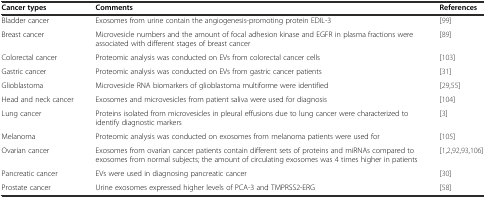
<table><thead><tr><td><b>Cancer types</b></td><td><b>Comments</b></td><td><b>References</b></td></tr></thead><tbody><tr><td>Bladder cancer</td><td>Exosomes from urine contain the angiogenesis-promoting protein EDIL-3</td><td>[99]</td></tr><tr><td>Breast cancer</td><td>Microvesicle numbers and the amount of focal adhesion kinase and EGFR in plasma fractions were associated with different stages of breast cancer</td><td>[89]</td></tr><tr><td>Colorectal cancer</td><td>Proteomic analysis was conducted on EVs from colorectal cancer cells</td><td>[103]</td></tr><tr><td>Gastric cancer</td><td>Proteomic analysis was conducted on EVs from gastric cancer patients</td><td>[31]</td></tr><tr><td>Glioblastoma</td><td>Microvesicle RNA biomarkers of glioblastoma multiforme were identified</td><td>[29,55]</td></tr><tr><td>Head and neck cancer</td><td>Exosomes and microvesicles from patient saliva were used for diagnosis</td><td>[104]</td></tr><tr><td>Lung cancer</td><td>Proteins isolated from microvesicles in pleural effusions due to lung cancer were characterized to identify diagnostic markers</td><td>[3]</td></tr><tr><td>Melanoma</td><td>Proteomic analysis was conducted on exosomes from melanoma patients were used for</td><td>[105]</td></tr><tr><td>Ovarian cancer</td><td>Exosomes from ovarian cancer patients contain different sets of proteins and miRNAs compared to exosomes from normal subjects; the amount of circulating exosomes was 4 times higher in patients</td><td>[1,2,92,93,106]</td></tr><tr><td>Pancreatic cancer</td><td>EVs were used in diagnosing pancreatic cancer</td><td>[30]</td></tr><tr><td>Prostate cancer</td><td>Urine exosomes expressed higher levels of PCA-3 and TMPRSS2-ERG</td><td>[58]</td></tr></tbody></table>